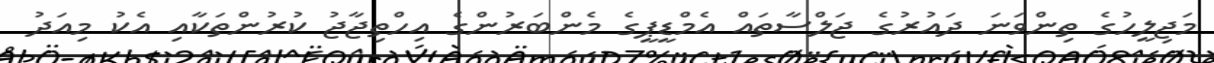
މަޖިލީހުގެ ތިންވަނަ ދައުރުގެ ޖަލްސާތައް އެމްޑީޕީގެ މެންބަރުންގެ އިހްތިޖާޖު ކުރުންތަކާއި އެކު މިއަދު